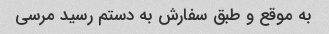
به موقع و طبق سفارش به دستم رسید مرسی